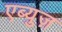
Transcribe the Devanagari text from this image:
एब्युज़